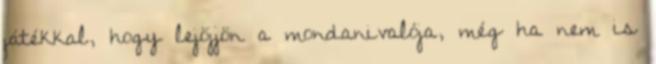
játékkal, hogy lejöjjön a mondanivalója, még ha nem is